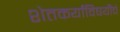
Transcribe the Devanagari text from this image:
शेतकर्यांविषयीचे